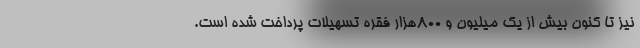
نیز تا کنون بیش از یک میلیون و 800هزار فقره تسهیلات پرداخت شده است.